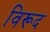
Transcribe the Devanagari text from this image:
विरूद